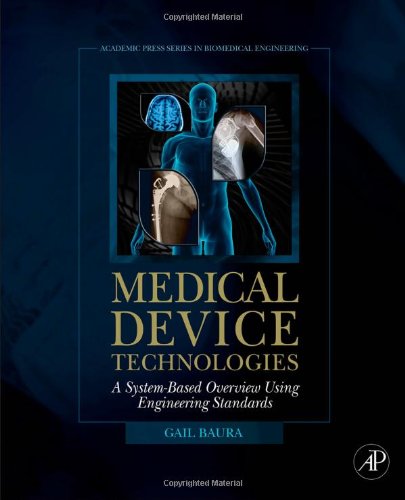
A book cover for Medical Device Technologies: A Systems Based Overview Using Engineering Standards (Academic Press Series in Biomedical Engineering); Gail Baura; Science & Math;